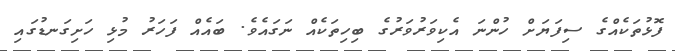
ފޮޅުތަކެއްގެ ސިފަޔަށް ހުންނަ އެކިވަރުވަރުގެ ބިހިތަކެއް ނަގައެެވެ. ބައެއް ފަހަރު މުޅި ހަށިގަނޑުގައި